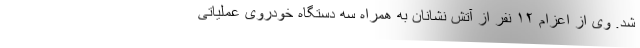
شد. وی از اعزام ۱۲ نفر از آتش نشانان به همراه سه دستگاه خودروی عملیاتی